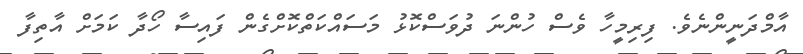
އާމްދަނީންނެވެ. ފިރިމީހާ ވެސް ހުންނަ ދުވަސްކޮޅު މަސައްކަތްކޮށްގެން ފައިސާ ހޯދާ ކަމަށް އާތިފާ